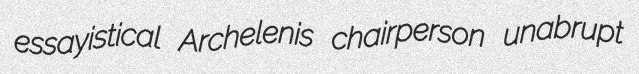
essayistical Archelenis chairperson unabrupt